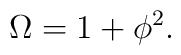
\Omega = 1 + \phi^2.